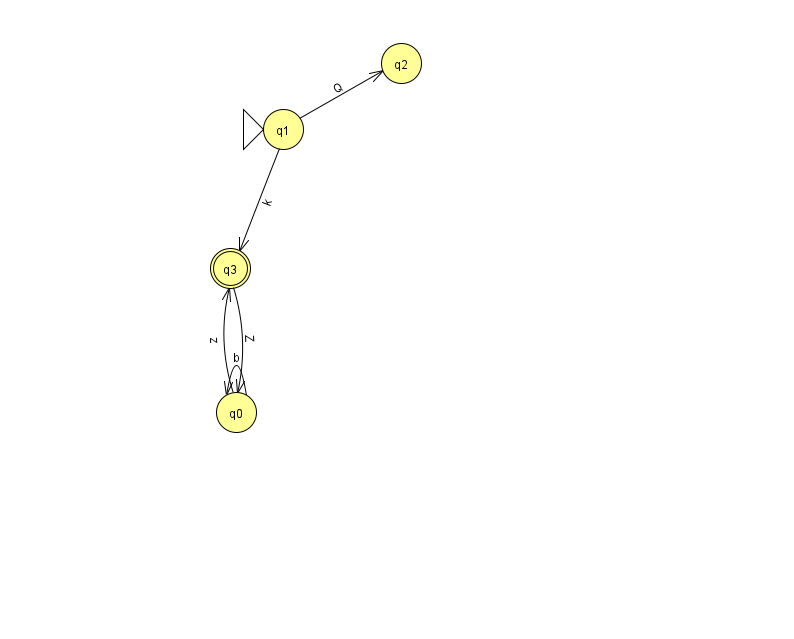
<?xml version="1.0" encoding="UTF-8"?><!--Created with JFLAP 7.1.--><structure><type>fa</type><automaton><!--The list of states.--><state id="0" name="q0"><x>236.0</x><y>399.0</y></state><state id="1" name="q1"><x>283.0</x><y>116.0</y><initial/></state><state id="2" name="q2"><x>401.0</x><y>50.0</y></state><state id="3" name="q3"><x>230.0</x><y>255.0</y><final/></state><!--The list of transitions.--><transition><from>0</from><to>0</to><read>b</read></transition><transition><from>1</from><to>2</to><read>Q</read></transition><transition><from>0</from><to>3</to><read>z</read></transition><transition><from>3</from><to>0</to><read>Z</read></transition><transition><from>1</from><to>3</to><read>k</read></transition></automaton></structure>